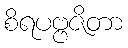
စိရပဗ္ဗဇိတာ